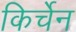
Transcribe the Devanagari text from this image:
किर्चेन